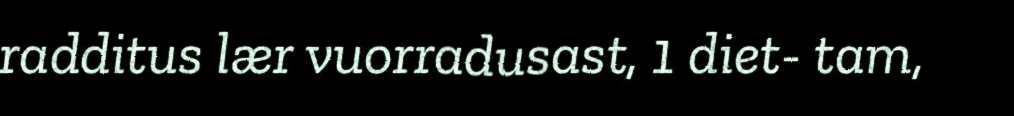
radditus lær vuorradusast, 1 diet- tam,